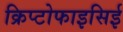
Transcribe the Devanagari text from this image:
क्रिप्टोफाइसिई